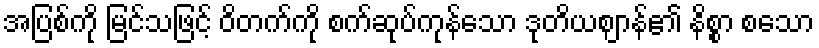
အပြစ်ကို မြင်သဖြင့် ဝိတက်ကို စက်ဆုပ်ကုန်သော ဒုတိယဈာန်၏ နိစ္စာ စသော